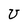
Character: U